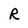
Character: r